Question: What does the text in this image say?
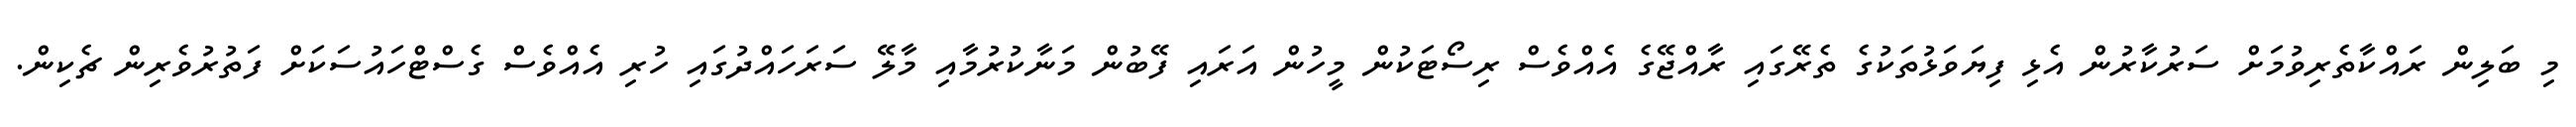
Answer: މި ބަލިން ރައްކާތެރިވުމަށް ސަރުކާރުން އެޅި ފިޔަވަޅުތަކުގެ ތެރޭގައި ރާއްޖޭގެ އެއްވެސް ރިސޯޓަކުން މީހުން އަރައި ފޭބުން މަނާކުރުމާއި މާލޭ ސަރަހައްދުގައި ހުރި އެއްވެސް ގެސްޓްހައުސަކަށް ފަތުރުވެރިން ޗެކިން.